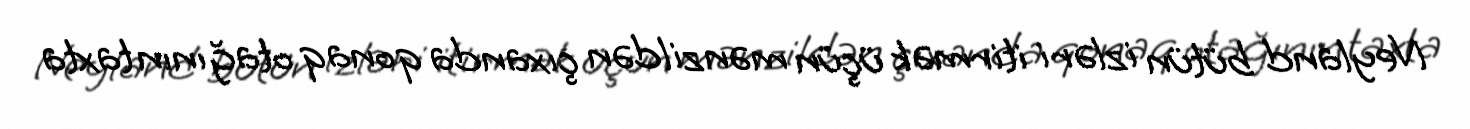
Neyland bütün izləri itirmək üçün mənzildən çıxanda qonaq otağının taxta